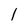
Character: l